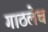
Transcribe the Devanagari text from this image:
गाठलेच